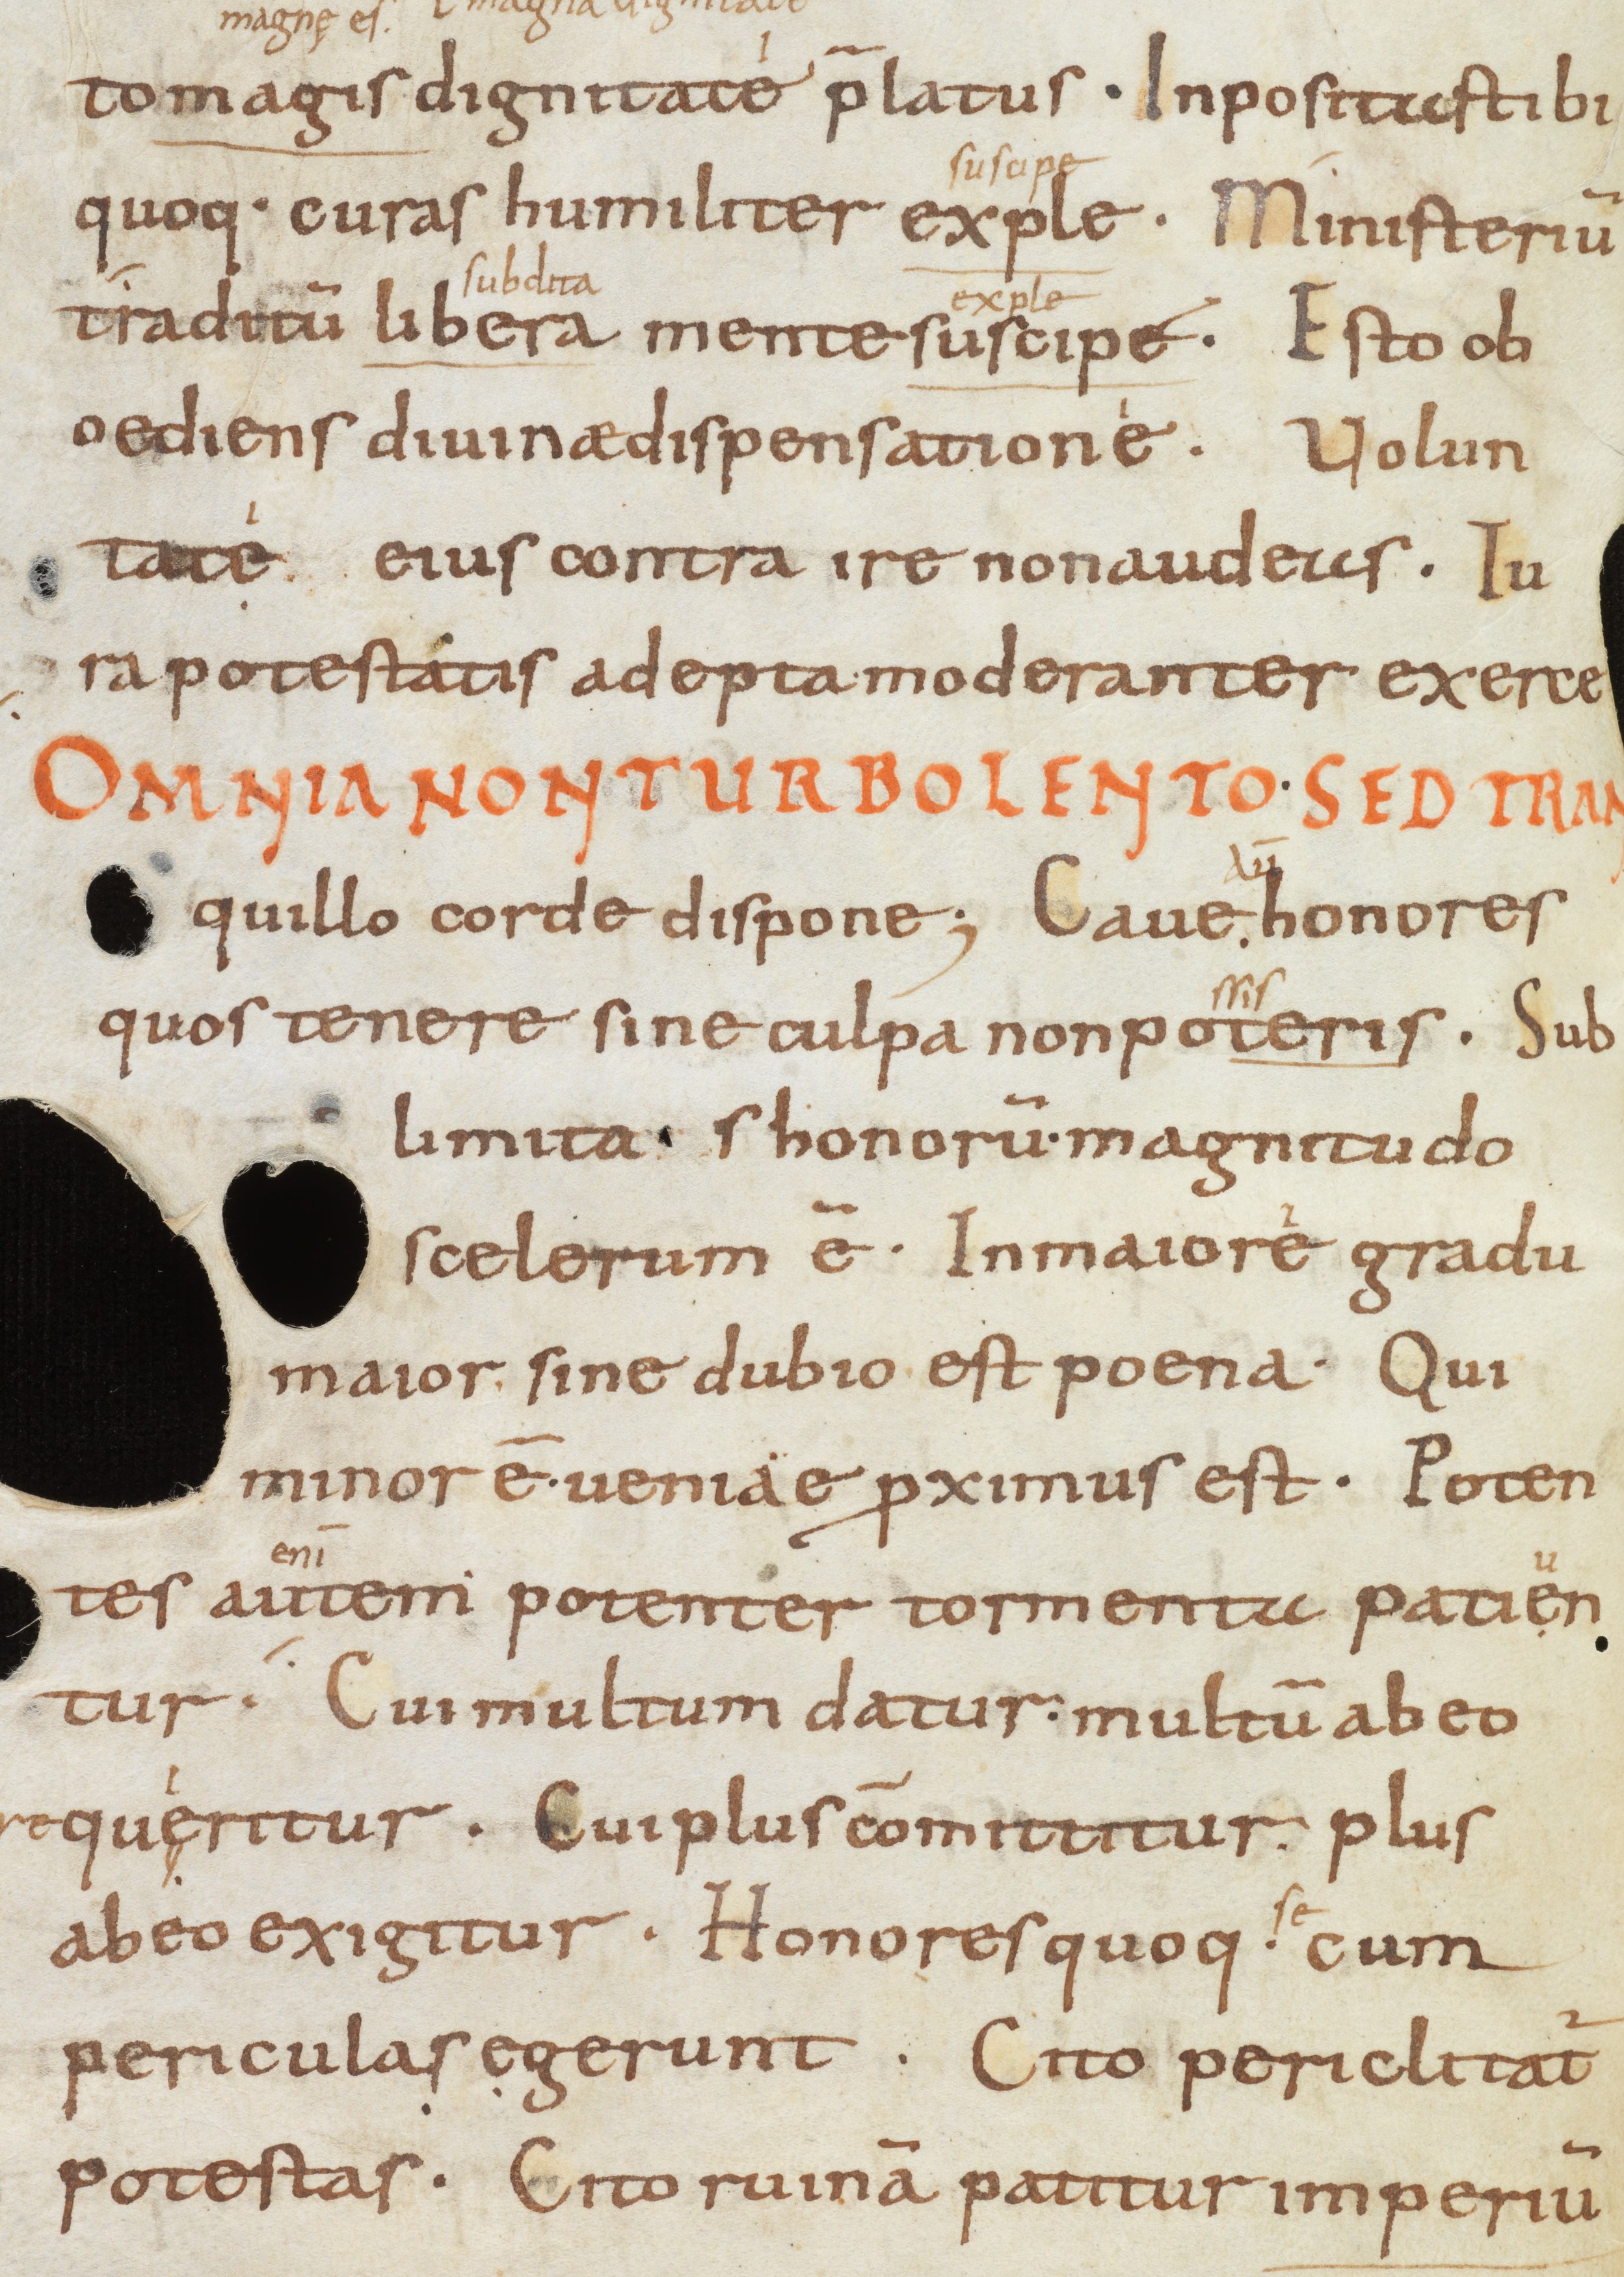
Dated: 866–899